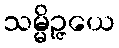
သမ္မိဉ္ဇယေ